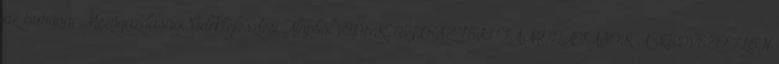
az Európai Mezőgazdasági Vidékfejlesztési Alapból VIDÉKFEJLESZTÉSI TÁMOGATÁSOK A KEDVEZŐTLEN